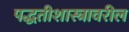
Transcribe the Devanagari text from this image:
पद्धतीशास्त्रावरील